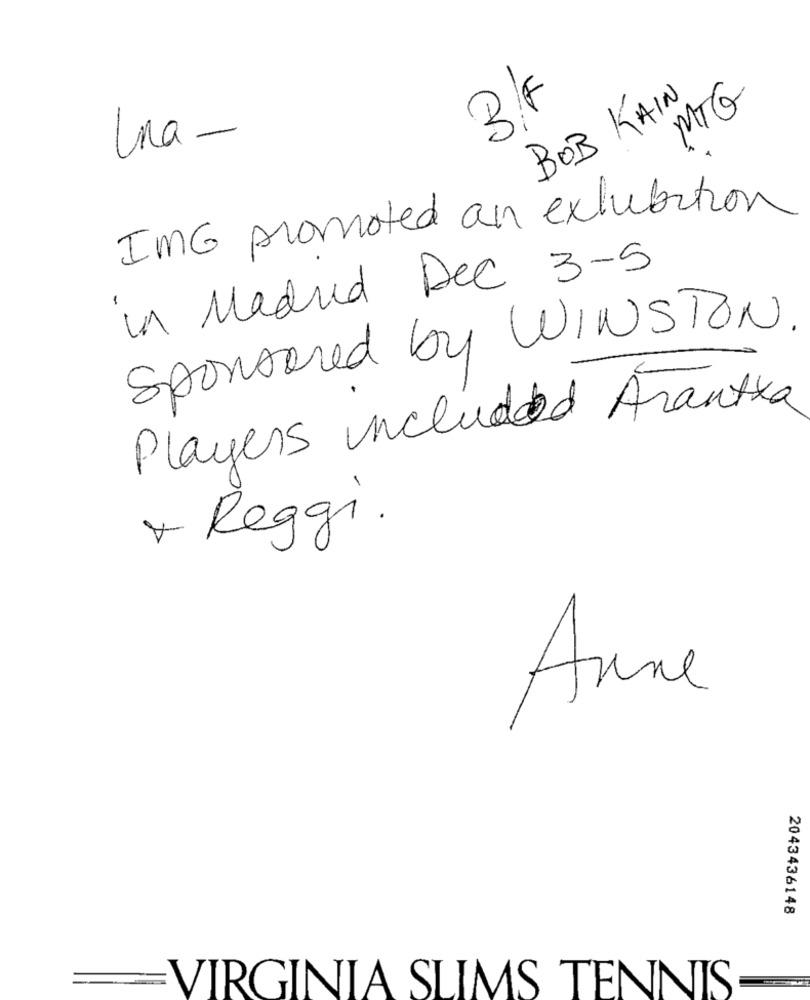
3/F
BOB KAIN
MTG
una-
IMG promoted an extubation
in Madrid Dec 3-5
Sponsored by WINSTON.
Players included Arantxa
+ Reggi.
Anne
2043436148
VIRGINIA SLIMS TENNIS